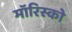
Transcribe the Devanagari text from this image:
मॉरिस्को